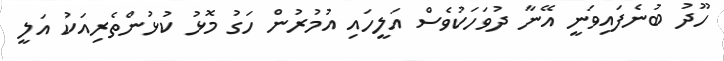
ހޫދު ބުނެފައިވަނީ އޭނާ ދުވަހަކުވެސް އަލީހައި އުމުރުން ހަގު މޮޅު ކުޅުންތެރިއަކު އަލީ